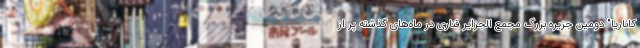
کاناریا" دومین جزیره بزرگ مجمع الجزایر قناری در ماه‌های گذشته پر از